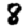
Digit: 8